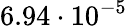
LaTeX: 6.94\cdot 10^{-5}